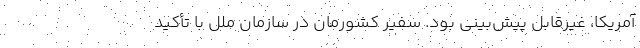
آمریکا، غیرقابل پیش‌بینی بود. سفیر کشورمان در سازمان ملل با تأکید